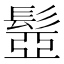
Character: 𩭯